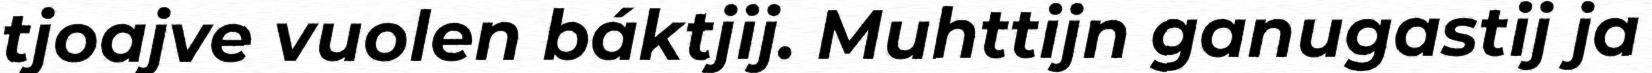
tjoajve vuolen báktjij. Muhttijn ganugastij ja